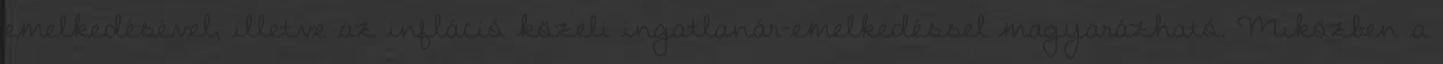
emelkedésével, illetve az infláció közeli ingatlanár-emelkedéssel magyarázható. Miközben a